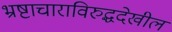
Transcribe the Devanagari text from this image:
भ्रष्टाचाराविरुद्धदेखील